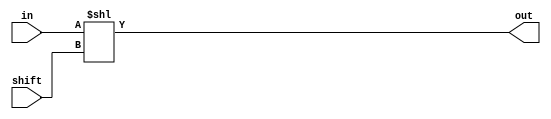
`timescale 1ns / 1ps
module shifter(
	input wire [3:0] in,	// 4-bit num to shift
	input wire [1:0] shift,	// 0-3 shift val
	output wire [7:0] out 	// only 7-bit as 8th is carry out
    );
assign out = {4'b0000, in} << shift; 
endmodule